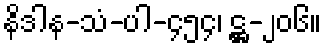
နိဒါန-သံ-ပါ-၄၅၄၊ ဋ္ဌ-၂၀၆။